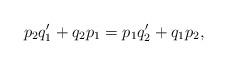
LaTeX: \begin{align*}p_2q_1'+q_2p_1=p_1q_2'+q_1p_2,\end{align*}